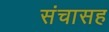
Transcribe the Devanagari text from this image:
संचासह